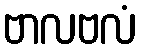
ဗာလဗလံ